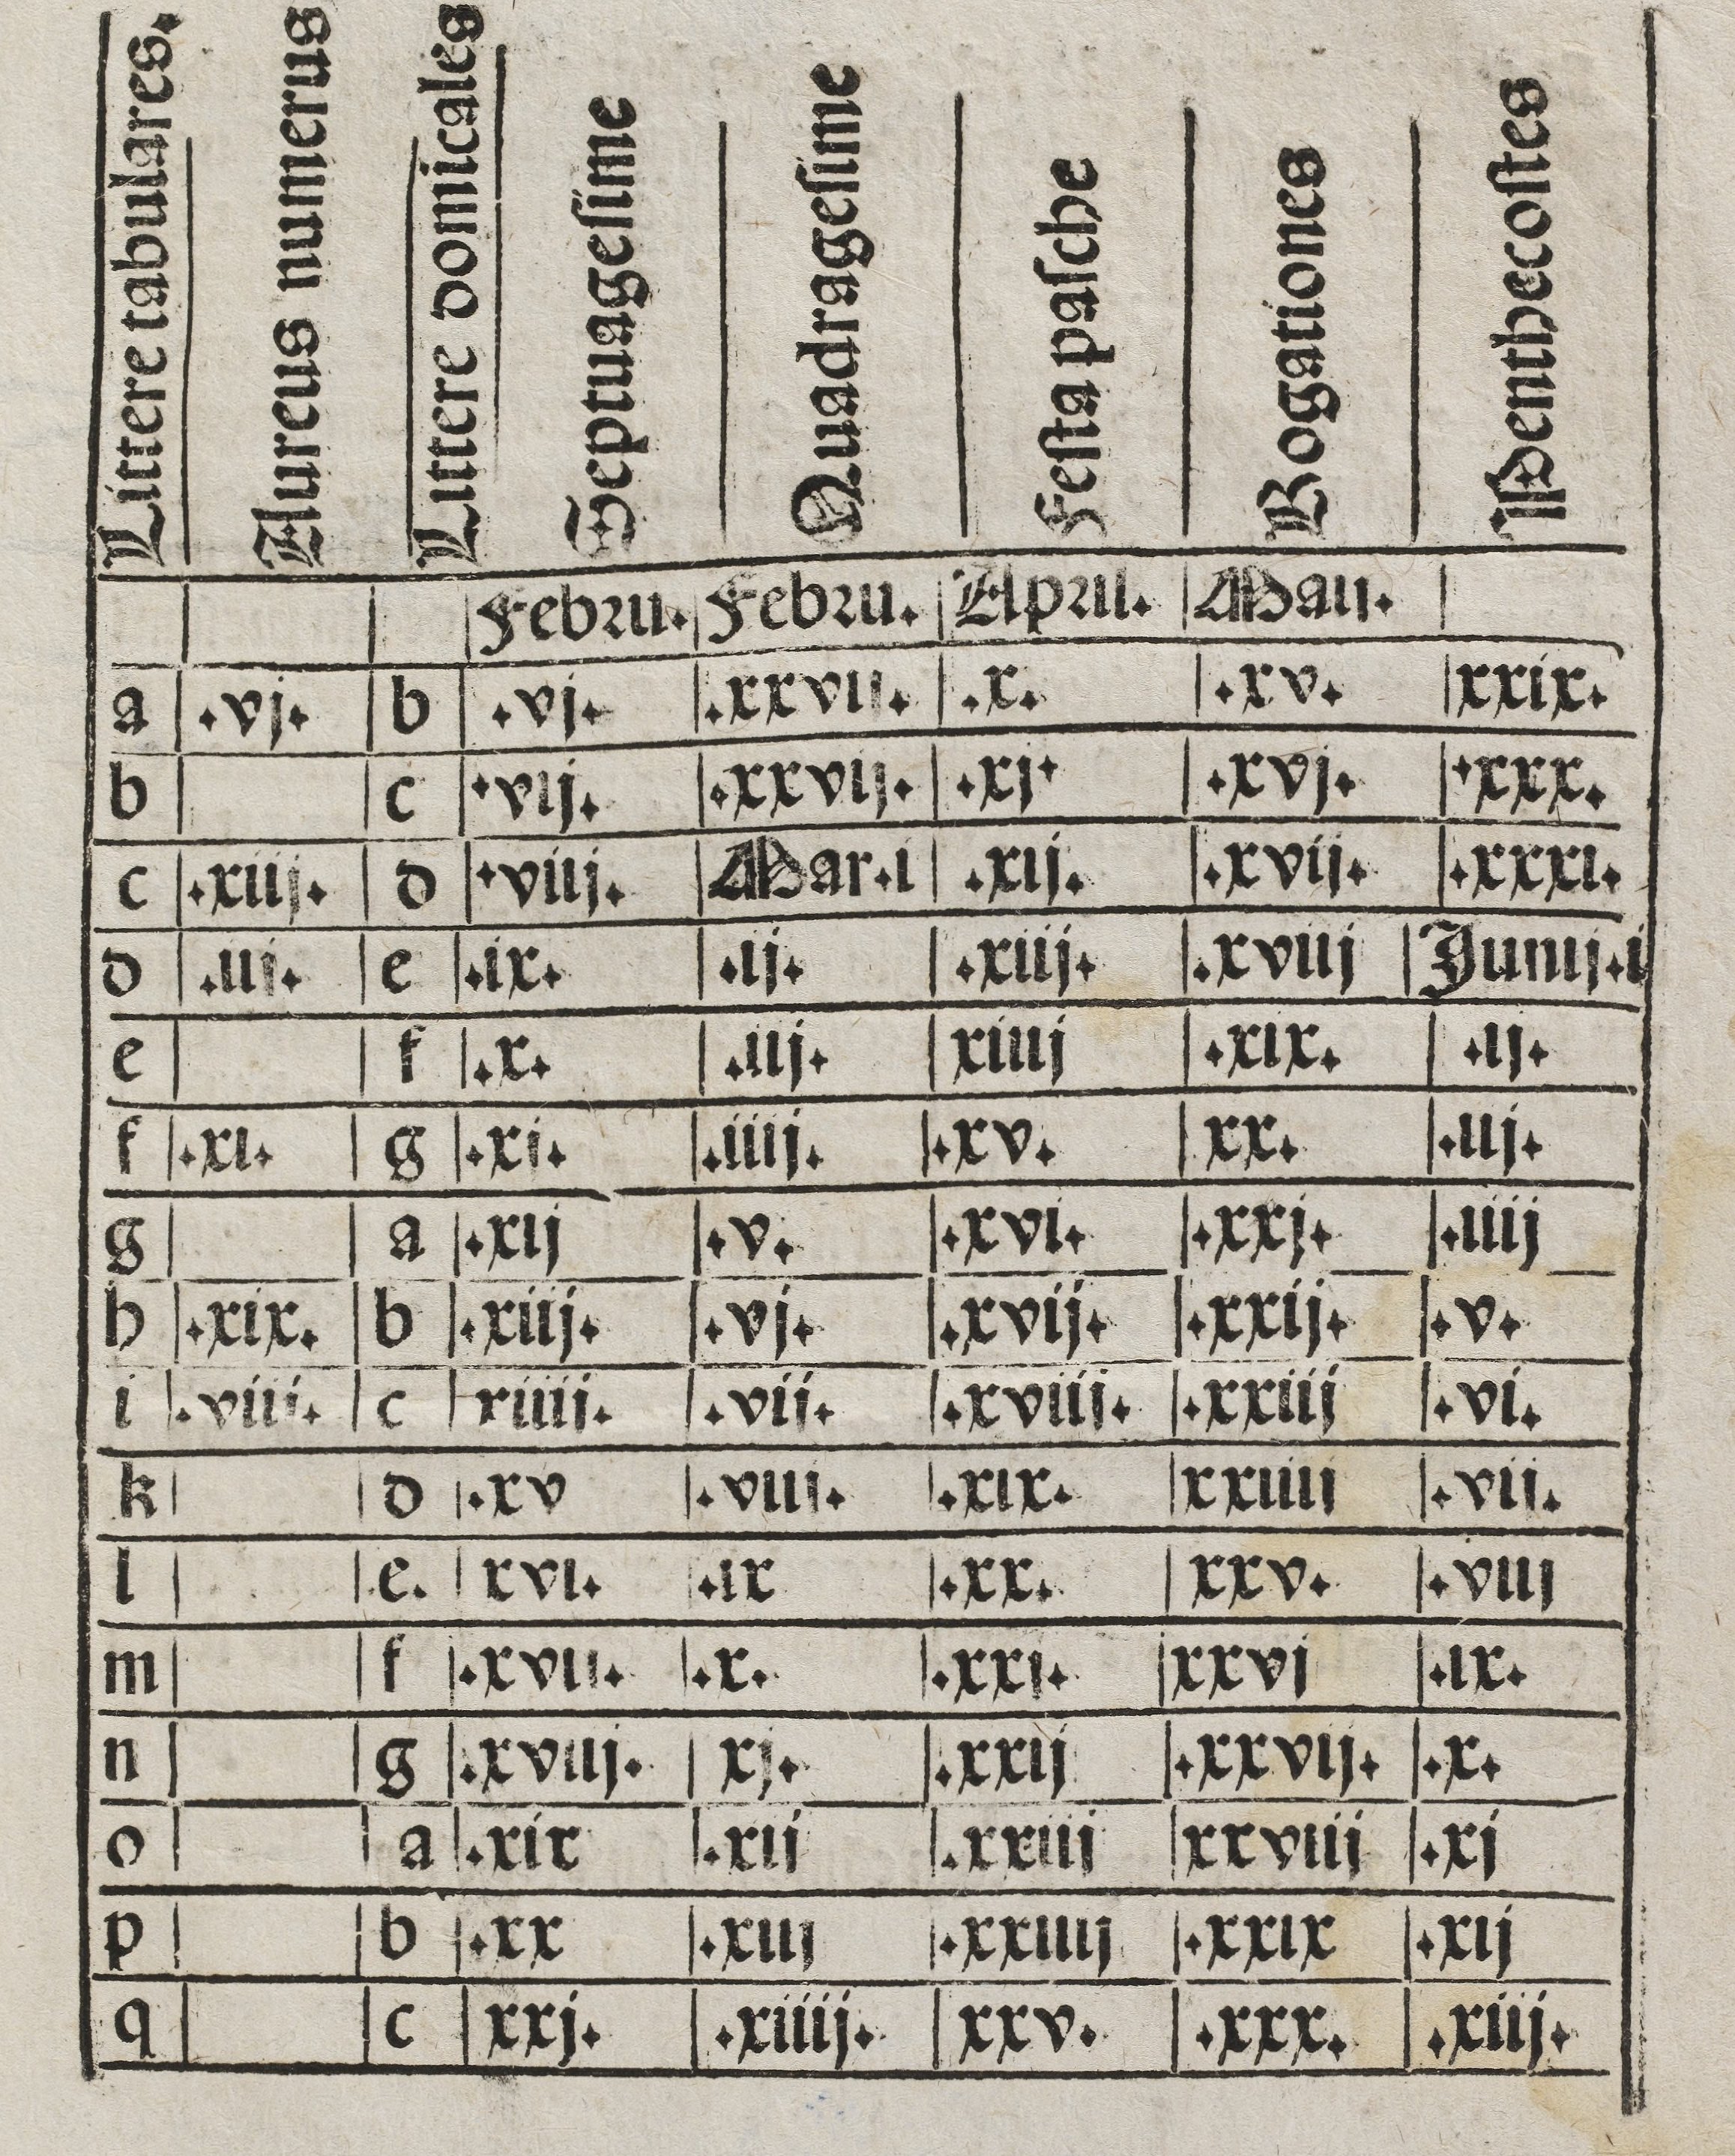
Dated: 1400–1449